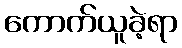
ကောက်ယူခဲ့ရာ